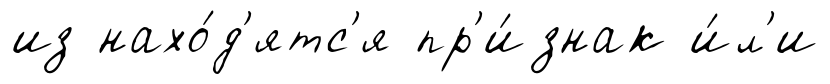
из нахо́д'ятс'я пр'и́знак и́л'и